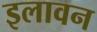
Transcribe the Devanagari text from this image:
इलावन